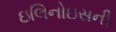
ઇલિનોઇસની